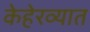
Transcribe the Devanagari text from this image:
केहेरव्यात